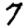
Digit: 7